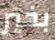
بخير